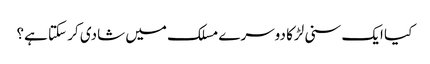
کیا ایک سنی لڑکا دوسرے مسلک میں شادی کر سکتا ہے؟